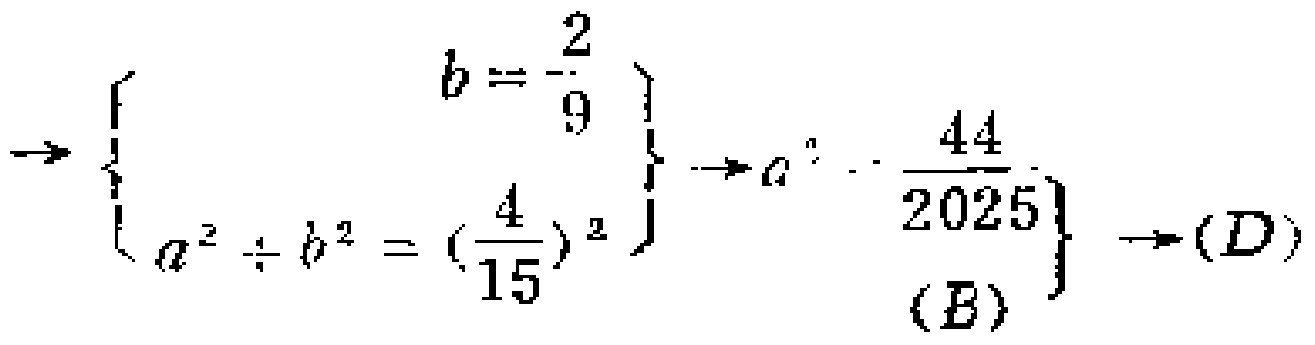
$\rightarrow \left\{

\begin{array}{c}

b = -\frac{2}{9} \\

a^{2} \div b^{2} = (\frac{4}{15})^{2}

\end{array}

\right\} \rightarrow \left\{

\begin{array}{c}

a^{2} = \frac{44}{2025} \\

(B)

\end{array}

\right\} \rightarrow (D)$